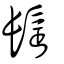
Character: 髩